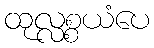
ထုလ္လစ္စယံပေ